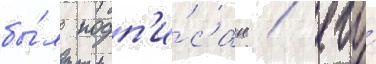
бы́л подп'и́сан / его́